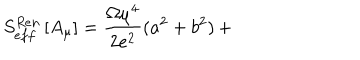
LaTeX: S _ { e f f } ^ { R e n } \left[ A _ { \mu } \right] = \frac { \Omega { \mu } ^ { 4 } } { 2 e ^ { 2 } } ( a ^ { 2 } + b ^ { 2 } ) \, +